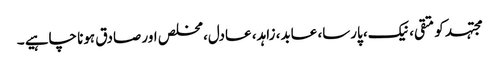
مجتہد کو متقی، نیک، پارسا، عابد، زاہد، عادل، مخلص اور صادق ہونا چاہیے ۔